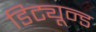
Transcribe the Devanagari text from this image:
डिट्यून्ड